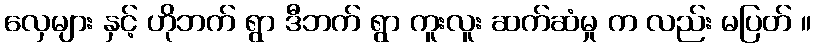
လှေများ နှင့် ဟိုဘက် ရွာ ဒီဘက် ရွာ ကူးလူး ဆက်ဆံမှု က လည်း မပြတ် ။